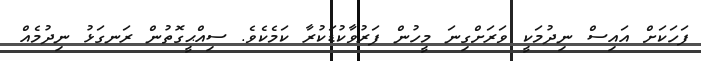
ފަހަކަށް އައިސް ނިދުމަކީ ވަރަށްގިނަ މީހުން ފަރުވާކުޑަކުރާ ކަމެކެވެ. ސިއްޙީގޮތުން ރަނގަޅު ނިދުމެއް